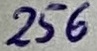
Text: 256